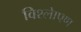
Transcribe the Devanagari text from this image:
विश्लेाषण